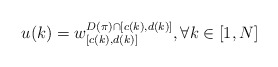
\begin{align*}u(k) = w_{[c(k),d(k)]}^{D(\pi) \cap [c(k),d(k)]}, \forall k \in [1,N]\end{align*}